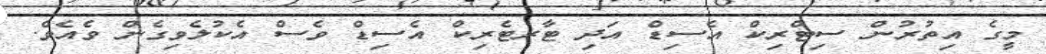
މީގެ އިތުރުން ސިޓްރިކް އެސިޑް އަދި ޓާރޓެރިކް އެސިޑް ވެސް އެކުލެވިގެން ވެއެވެ.